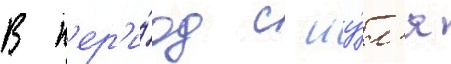
В п'ер'и́од с иу́л'я